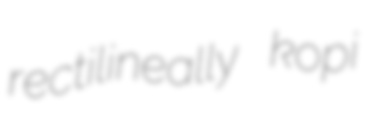
rectilineally kopi